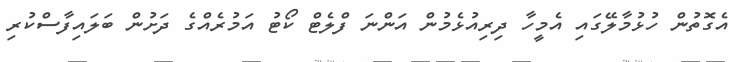
އެގޮތުން ހުޅުމާލޭގައި އެމީހާ ދިރިއުޅެމުން އަންނަ ފްލެޓް ކޯޓު އަމުރެއްގެ ދަށުން ބަލައިފާސްކުރި